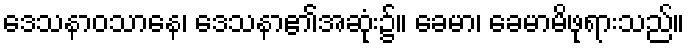
ဒေသနာဝသာနေ၊ ဒေသနာ၏အဆုံး၌။ ခေမာ၊ ခေမာမိဖုရားသည်။